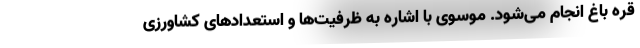
قره باغ انجام می‌شود. موسوی با اشاره به ظرفیت‌ها و استعدادهای کشاورزی